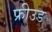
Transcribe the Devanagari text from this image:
फ्रीउड